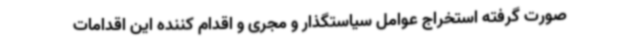
صورت گرفته استخراج عوامل سیاستگذار و مجری و اقدام کننده این اقدامات